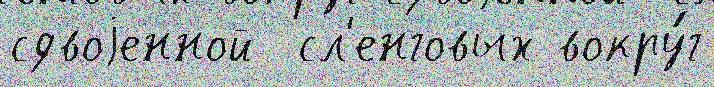
сдвоjенной  сл'енговых вокру́г